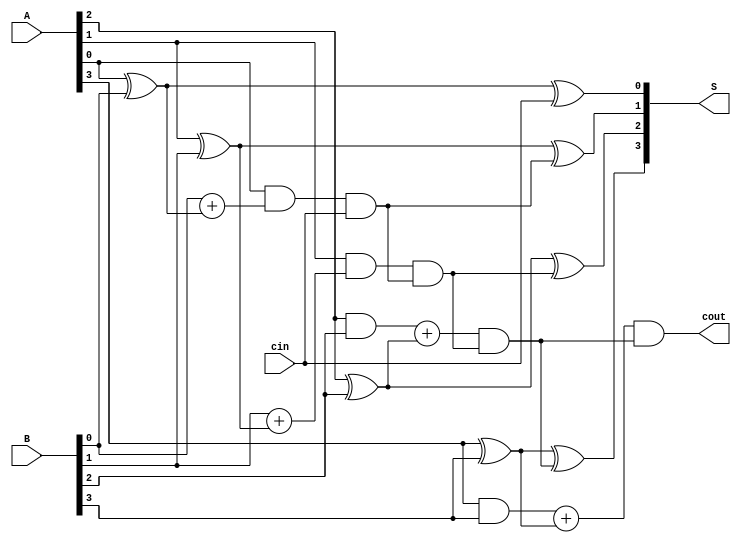
module Lab2_4_bit_CLA_beh(A,B,cin,S,cout);
    input   [3:0]   A,B;
    input           cin;
    output  reg [3:0]   S;
    output  reg       cout;

    always @ (A,B,cin) 
    begin
        S[0] = (A[0]^B[0])^cin;
        S[1] = (A[1]^B[1])^(A[0]&B[0] + (A[0]^B[0]) & cin);
        S[2] = (A[2]^B[2])^(A[1]&B[1] + (A[1]^B[1]) & (A[0]&B[0]+ (A[0]^B[0]) &cin));
        S[3] = (A[3]^B[3])^((A[2]&B[2])+(A[2]^B[2])&(A[1]&B[1] + (A[1]^B[1]) & (A[0]&B[0]+ (A[0]^B[0]) &cin)));
        cout = (A[3]&B[3])+(A[3]^B[3])&((A[2]&B[2])+(A[2]^B[2])&(A[1]&B[1] + (A[1]^B[1]) & (A[0]&B[0]+ (A[0]^B[0]) &cin)));
    end
endmodule